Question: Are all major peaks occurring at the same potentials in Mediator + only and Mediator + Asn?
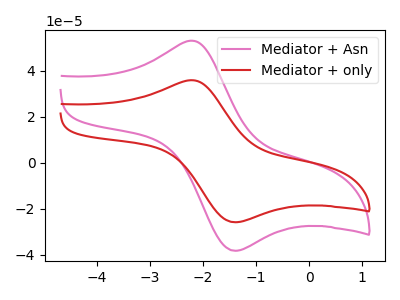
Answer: <think>The pink curve "Mediator + Asn" has an anodic peak at (-2.20V, 52.95uA) and a cathodic peak at (-1.40V, -38.30uA). The red curve "Mediator + only" has an anodic peak at (-2.20V, 35.80uA) and a cathodic peak at (-1.40V, -25.90uA).</think>
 <answer>Yes, "Mediator + only" have a peak in "Mediator + Asn" at the same potential.</answer>
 <eval>match</eval>